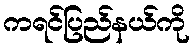
ကရင်ပြည်နယ်ကို